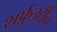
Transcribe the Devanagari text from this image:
शर्फुउद्दीन